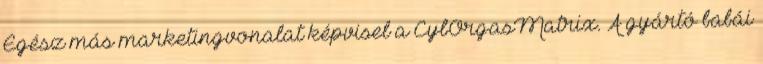
Egész más marketingvonalat képvisel a CybOrgasMatrix. A gyártó babái